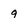
Character: 9